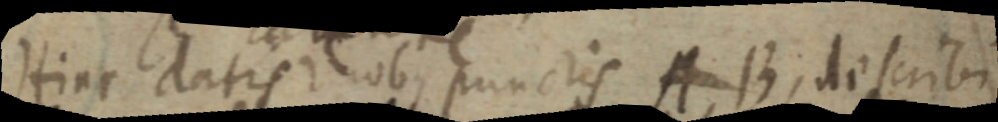
Hinc datis duobus punctis AB; describi